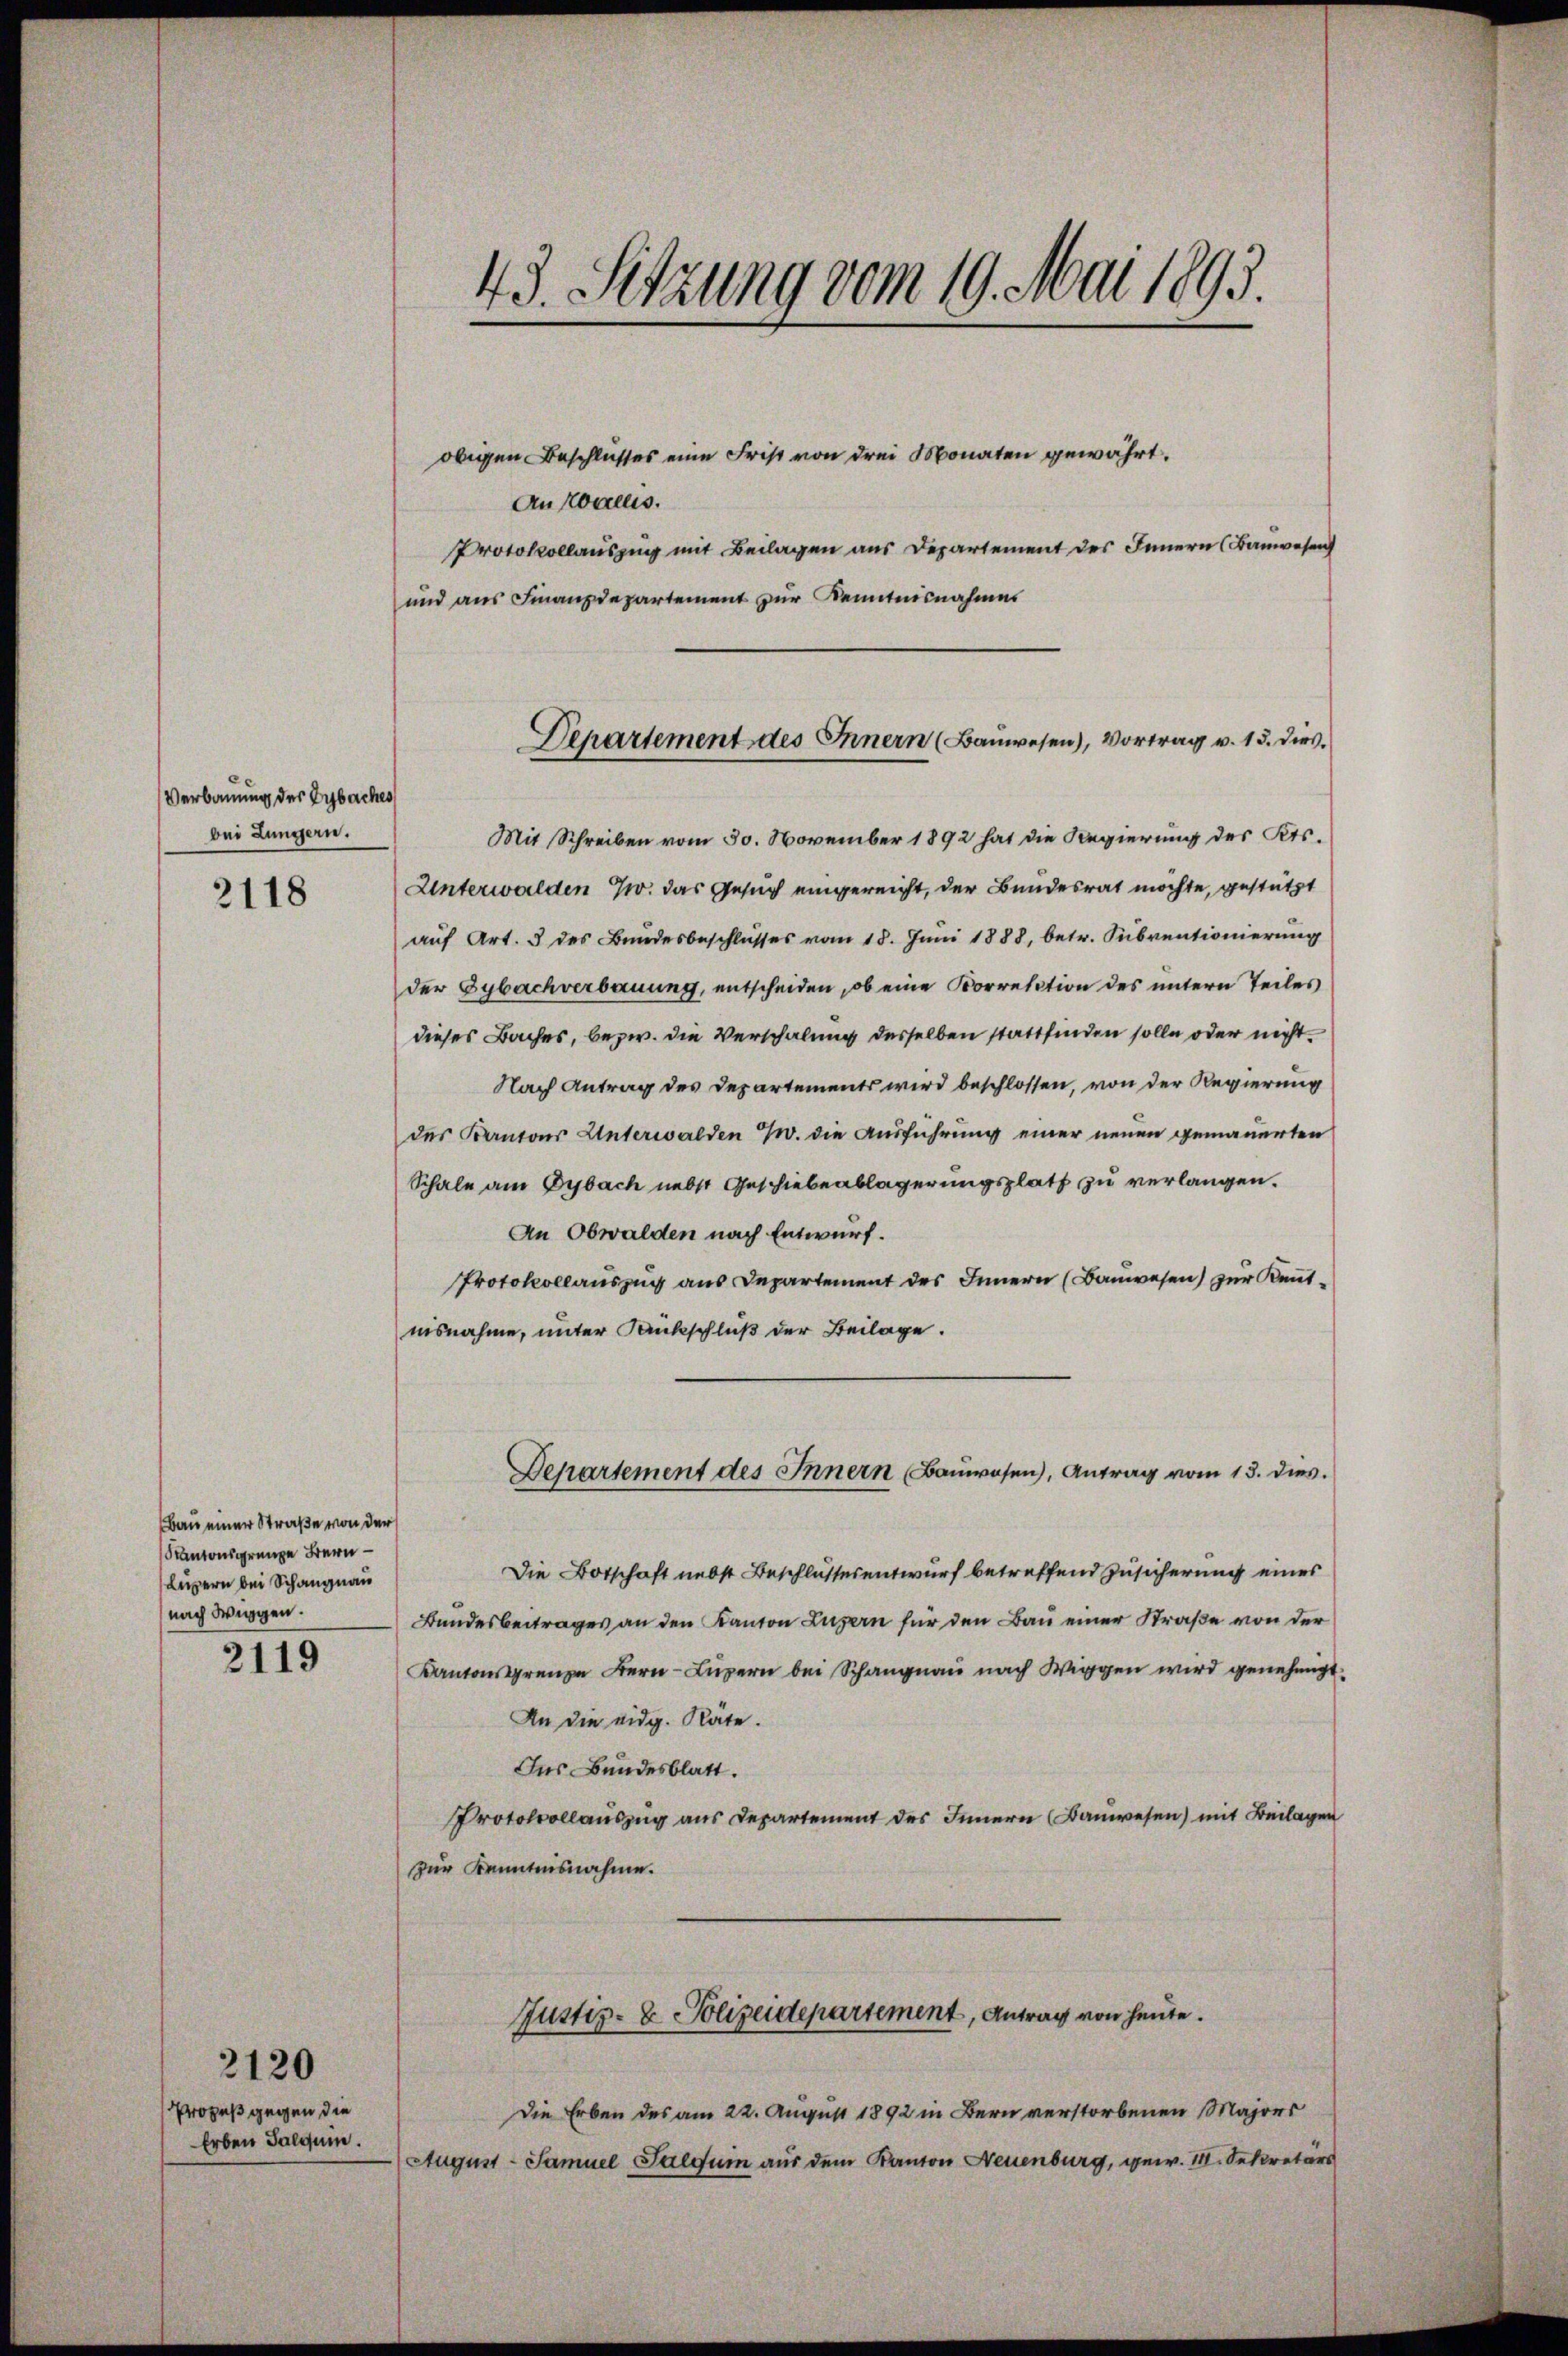
Verbauung der Lybaches
bei Lungern.
2118

Bau einer Straße von der
Kantonsgrenze Bern
Luzern bei Schangnau
nach Wiggen.
2119

Prozeß gegen die
Erben Salquin.

2120

43. Sitzung vom 19. Mai 1893.

obigen Beschlußes eine Frist von drei Monaten gewährt.
An Wallis.
Protokollauszug mit Beilagen aus Departement des Innern (Bauwesen
Mit Schreiben vom 30. November 1892 hat die Regierung des Kts.
Unterwalden w. das Gesuch eingereicht, der Bundesrat möchte, gestützt
auf Art. 3 des Bundesbeschlusses vom 18. Juni 1888, betr. Subventionierung
der Gybachverbauung, entscheiden, ob eine Korrection des untern Teiles
dieses Baches, bezw. die Verschalung desselben stattfinden solle oder nicht
Nach Antrag des Departements wird beschlossen, von der Regierung
des Kantons Unterwalden 7. die Ausführung einer neuen gemauerten
Schale am Gybach nebst Geschiebeablagerungsplatt zu verlangen.
An Obwalden nach Entwurf.
Protokollauszug aus Departement des Innern (Bauwesen) zur Keutnisnahme, unter Dankschluß der Beilage.
Departement des Innern Baŭwesen, Antrag vom 13. dies.
Die Botschaft nebst Beschlussesentwurf betreffend Zusicherung eines
Bundesbeitrages an den Kanton Luzern für den Bau einer Straße von der
Kantonsgrenze Bern Luzern bei Schangnau nach Wiggen wird genehmigt.
An die eidg. Räte.
Ins Bundesblatt.
Protokollauszug aus Departement des Innern (Bauwesen) mit Beilagen
zur Kenntnisnahme.

und aus Finanzdepartement zur Kenntnisnahmes
Departement des Innern (Bauwesen), Vortrag v. 15. dies.

Justiz- & Polizeidepartement, Antrag von heute.

Die Erben des am 22. August 1892 in Bern verstorbenen Majors
August - Samuel Saequin aus dem Kanton Neuenburg, gew. II. Sekretärs